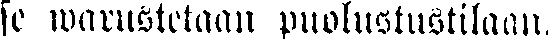
se warustetaan puolustustilaan.